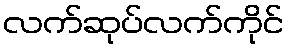
လက်ဆုပ်လက်ကိုင်